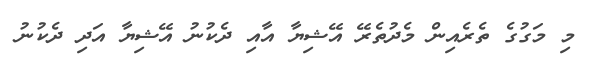
މި މަގުގެ ތެރެއިން މެދުތެރޭ އޭޝިޔާ އާއި ދެކުނު އޭޝިޔާ އަދި ދެކުނު